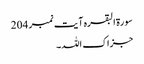
سورۃ البقرہ آیت نمبر 204​
جزاک اللہ۔